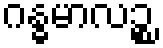
ဂန္ဓမာလဉ္စ